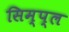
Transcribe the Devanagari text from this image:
सिम्प्ल